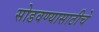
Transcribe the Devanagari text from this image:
सोडवण्यासाठीचे